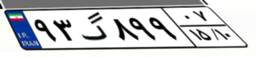
۳۳گ۶۴۸۸۹